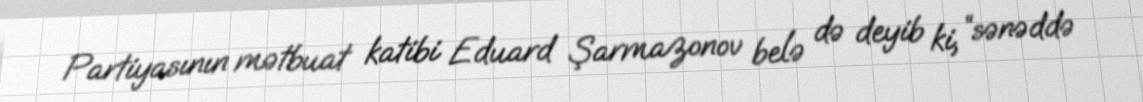
Partiyasının mətbuat katibi Eduard Şarmazonov belə də deyib ki, “sənəddə